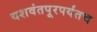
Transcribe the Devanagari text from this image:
यशवंतपूरपर्यंतच